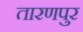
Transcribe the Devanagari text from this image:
तारणपुर